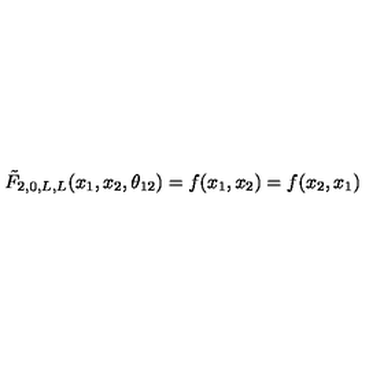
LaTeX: \tilde { F } _ { 2 , 0 , L , L } ( x _ { 1 } , x _ { 2 } , \theta _ { 1 2 } ) = f ( x _ { 1 } , x _ { 2 } ) = f ( x _ { 2 } , x _ { 1 } )